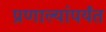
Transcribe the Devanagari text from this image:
प्रणाल्यांपर्यंत